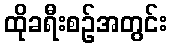
ထိုခရီးစဉ်အတွင်း